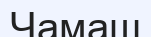
Чамаш